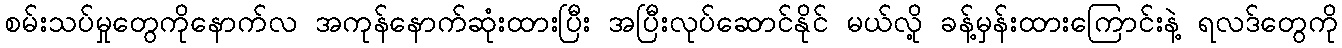
စမ်းသပ်မှုတွေကိုနောက်လ အကုန်နောက်ဆုံးထားပြီး အပြီးလုပ်ဆောင်နိုင် မယ်လို့ ခန့်မှန်းထားကြောင်းနဲ့ ရလဒ်တွေကို